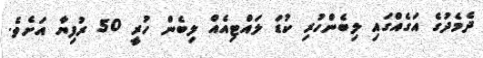
ދެމެދުގެ އަގެއްގައި ލިބެންހުރި ކުޑަ ލައްޓިއެއް ލިބެން ހުރީ 50 ރުފިޔާ އަށެވެ.